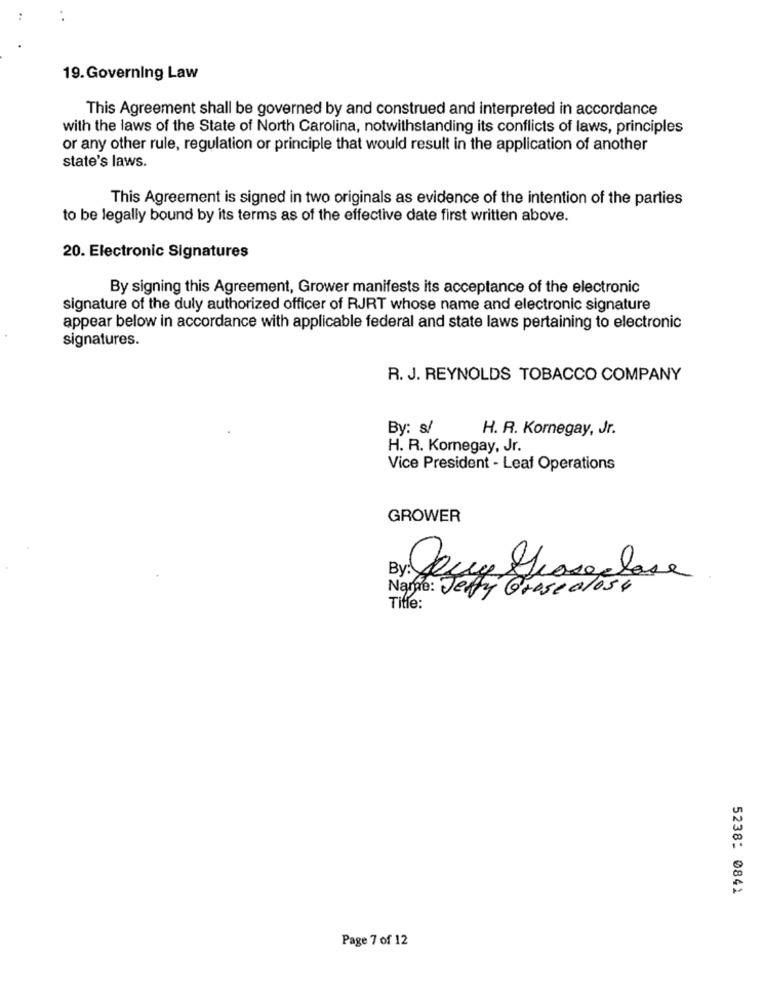
..
19. Governing Law
This Agreement shall be governed by and construed and interpreted in accordance
with the laws of the State of North Carolina, notwithstanding its conflicts of laws, principles
or any other rule, regulation or principle that would result in the application of another
state's laws.
This Agreement is signed in two originals as evidence of the intention of the parties
to be legally bound by its terms as of the effective date first written above.
20. Electronic Signatures
By signing this Agreement, Grower manifests its acceptance of the electronic
signature of the duly authorized officer of RJRT whose name and electronic signature
appear below in accordance with applicable federal and state laws pertaining to electronic
signatures.
R. J. REYNOLDS TOBACCO COMPANY
By: s/
H. R. Kornegay, Jr.
H. R. Kornegay, Jr.
Vice President - Leaf Operations
GROWER
Name: Jeffy Grose close
Tifle:
5238: 0841
Page 7 of 12